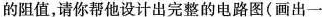
的阻值，请你帮他设计出完整的电路图(画出一